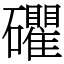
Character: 𥗫